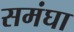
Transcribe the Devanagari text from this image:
समंघा